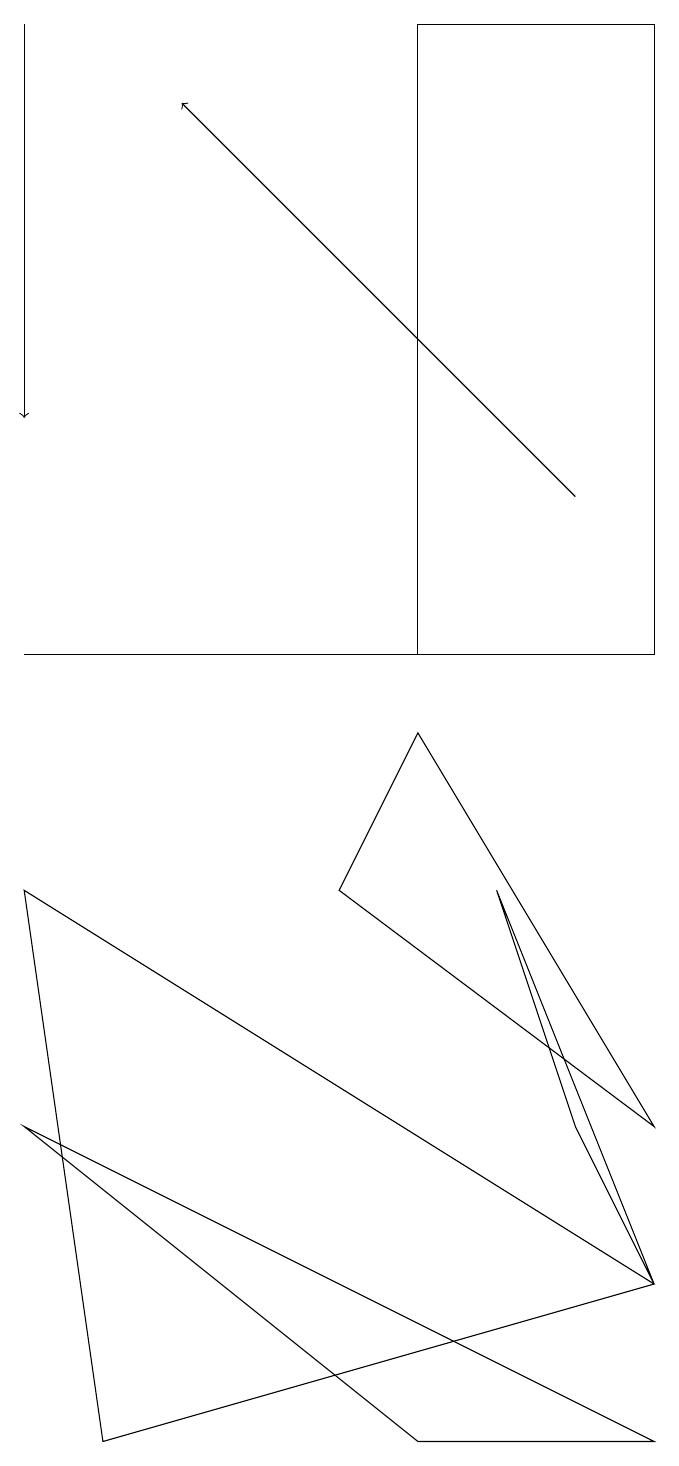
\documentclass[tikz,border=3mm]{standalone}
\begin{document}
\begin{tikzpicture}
\draw (9,4) -- (5,7) -- (6,9) -- cycle;
\draw (1,10) rectangle (7,10);
\draw (2,0) -- (9,2) -- (1,7) -- cycle;
\draw (1,4) -- (9,0) -- (6,0) -- cycle;
\draw (7,7) -- (9,2) -- (8,4) -- cycle;
\draw[->] (8,12) -- (3,17);
\draw (6,18) rectangle (9,10);
\draw[->] (1,18) -- (1,13);
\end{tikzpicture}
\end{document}